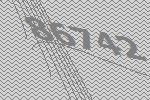
86742